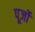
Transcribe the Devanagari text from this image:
पूर्जो